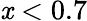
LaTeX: \mathit{x}<0.7